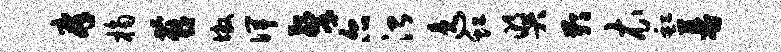
庠桷燕墩俾擎尔治逸虹奖鄙衣缸幕